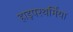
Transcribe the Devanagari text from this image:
हाइपरथर्मिया